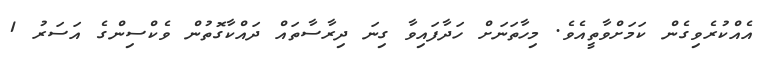
އެއްކުރެވިގެން ކަމަށްވާތީއެވެ. މިހާތަނަށް ހަދާފައިވާ ގިނަ ދިރާސާތައް ދައްކާގޮތުން ވެކްސިންގެ އަސަރު 1